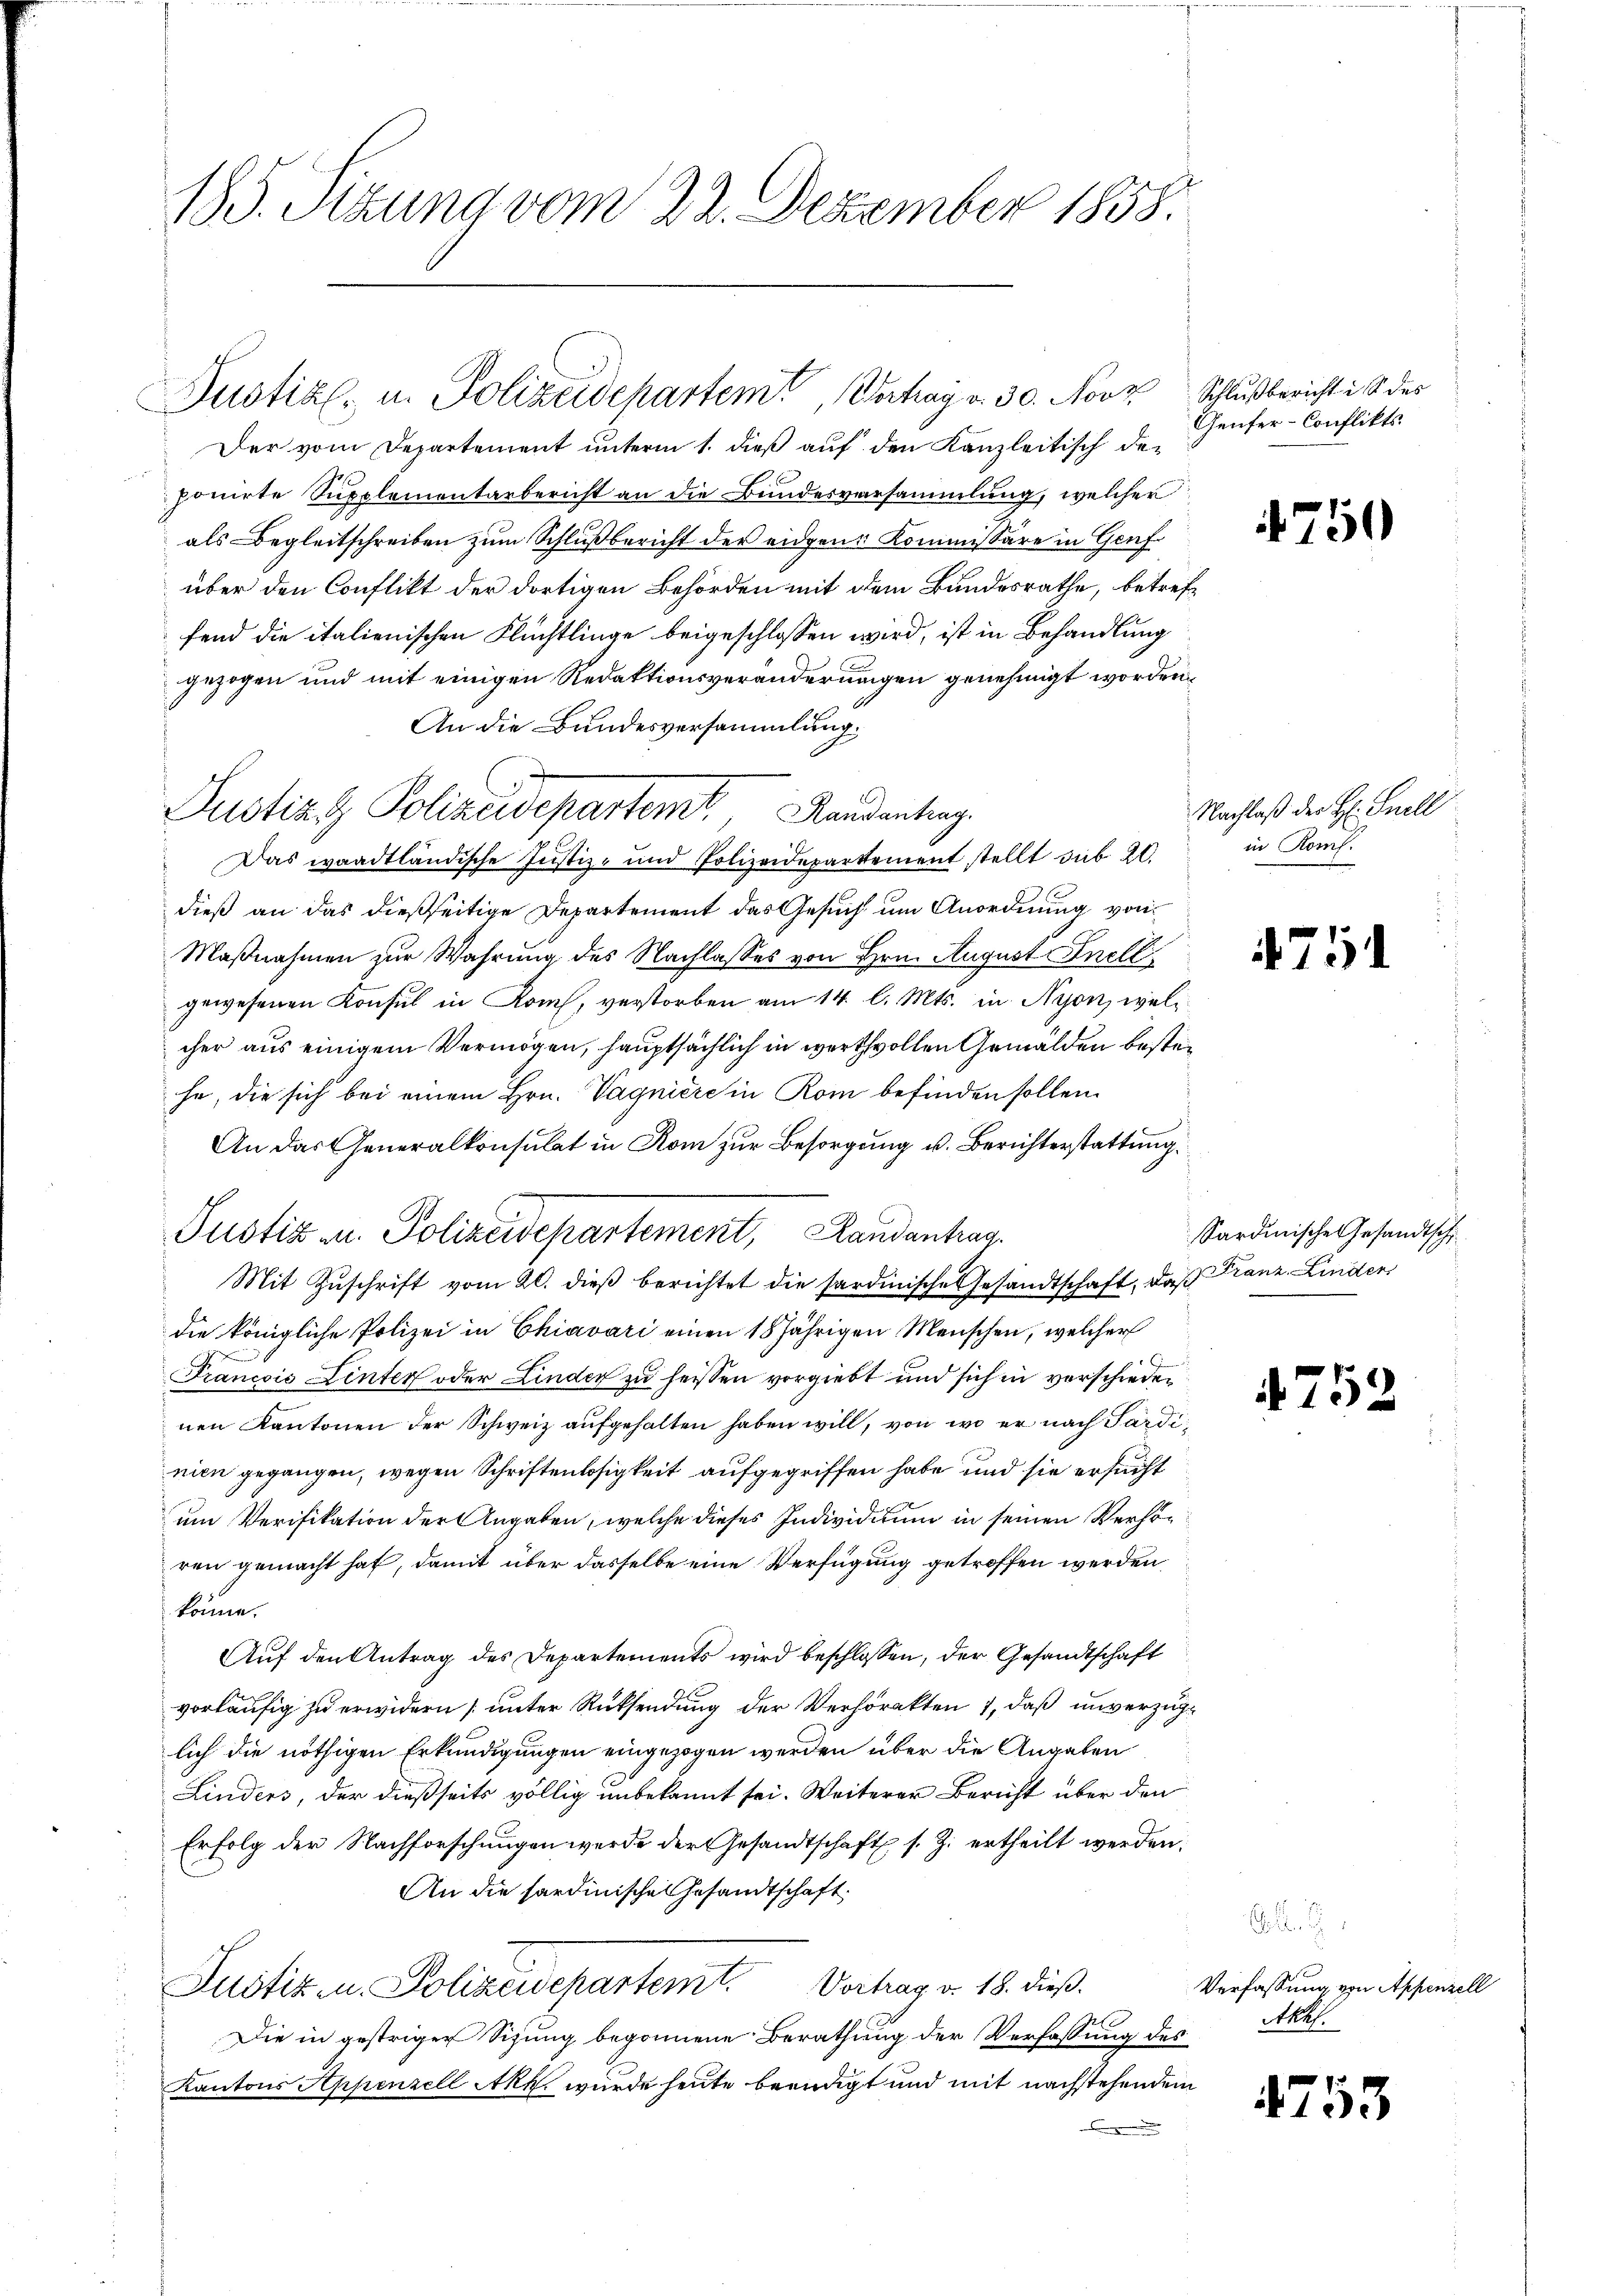
185. Sizung vom 22. Dezember 1858.

Justiz- u. Polizeidepartem Verhag v. 30. Novz Schlußbericht in des

Der vom Departement unterm 1. dieß auf den Kanzleitisch der
ponirte Supplementarbericht an die Bundesversammlung, welcher
als Begleitschreiben zum Schlußbericht der eidgene Kommissäre in Genf
über den Conflikt der dortigen Behörden mit dem Bundesrathe, betreffend die italienischen Flüchtlinge beigeschlossen wird, ist in Behandlung
gezogen und mit einigen Redaktionsveränderungen genehmigt worden,
An die Bundesversammlung.
Justiz. Polizeidepartemt, Handentrag
Das waadtländische Justiz- und Polizeidepartement stellt sub 20.
dieß an das dießseitige Departement das Gesuch um Anordnung von
Maßnahmen zur Wahrung des Nachlasses von Hrn. August Inell
gewesenen Konsul in Kom, verstorben am 14. l. Mts. in Nyon, welcher aus einigem Vermögen, hauptsächlich in werthvollen Gemälden bestehe, die sich bei einem Hrn. Vagniere in Rom befinden sollen.
An das Generalkonsulat in Rom zur Besorgung u. Berichterstattung.
Mit Zŭschrift vom 20. dieβ berichtet die sardinische Gesandtschaft, daß Franz Linder
die königliche Polizei in Chiavari einen 18 jährigen Menschen, welcher
Francois Linter oder Linder zu heissen vorgiebt und sich in verschieden
nen Kantonen der Schweiz aufgehalten haben will, von wo er nach Pardinien gegangen, wegen Schriftenlosigkeit aufgegriffen habe und sie ersucht
um Verifikation der Angaben, welche dieses Individium in seinen Verhören gemacht hat, damit über dasselbe eine Verfügung getroffen werden,
könne.
Auf den Antrag des Departements wird beschlossen, der Gesandtschaft
vorläufig zu erwidern [unter Rücksendung der Verhörakten 1, daß unverzüglich die nöthigen Erkundigungen eingezogen werden über die Angaben
Linders, der dießseits völlig unbekannt sei. Weiterer Bericht über den
Erfolg der Nachforschungen werde der Gesandtschaft s. Z. ertheilt werden.
An die sardinische Gesandtschaft.
Justiz- u. Polizeidepartemt. Vortrag v. 18. dieß.
Die in gestriger Sitzung begonnene Berathung der Verfassung des
Kantons Appenzell Akk. würde heute beendigt und mit nachstehendem

Justiz u. Polizeidepartement, Handenhag

Genfer-Conflikts.

750

Nachlaß der H: Snell
in Konf.

71

Sardinische Gesandtschi

4752

A.
Verfassung von Appenzell
Akhl.

4753